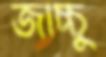
জাচ্চু